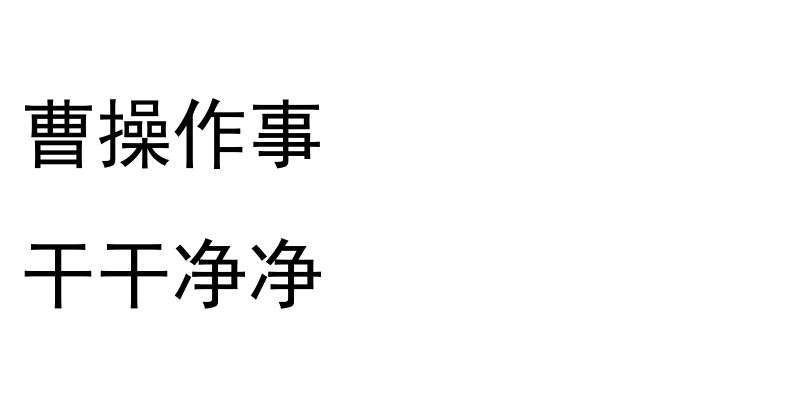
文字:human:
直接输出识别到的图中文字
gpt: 曹操作事 干干净净